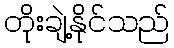
တိုးချဲ့နိုင်သည်